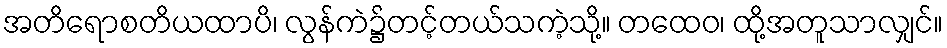
အတိရောစတိယထာပိ၊ လွန်ကဲ၌တင့်တယ်သကဲ့သို့။ တထေဝ၊ ထို့အတူသာလျှင်။